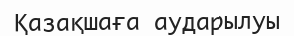
Қазақшаға аударылуы